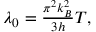
\begin{array} { r } { \lambda _ { 0 } = \frac { \pi ^ { 2 } k _ { B } ^ { 2 } } { 3 h } T , } \end{array}